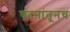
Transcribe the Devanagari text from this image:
घटनांतूनच